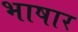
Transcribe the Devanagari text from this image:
भाषार